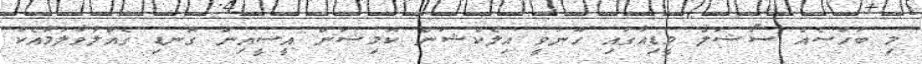
މި ބަހުސެއް ސޯޝަލް މީޑިއާގައި ހޫނުވީ އިލެކްޝަން ކޮމިޝަން އީސީއިން ގޮނޑި ގެއްލުވާލުމާއެކު